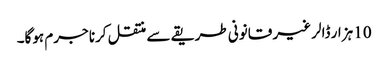
10 ہزار ڈالر غیر قانونی طریقے سے منتقل کرنا جرم ہوگا۔